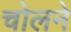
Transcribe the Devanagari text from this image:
चोलने